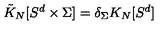
\tilde { K } _ { N } [ S ^ { d } \times \Sigma ] = \delta _ { \Sigma } K _ { N } [ S ^ { d } ]